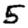
Digit: 5